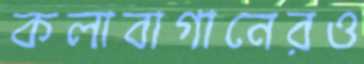
কলাবাগানেরও